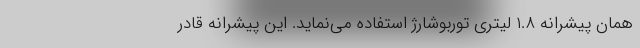
همان پیشرانه ۱.۸ لیتری توربوشارژ استفاده می‌نماید. این پیشرانه قادر